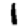
Digit: 1